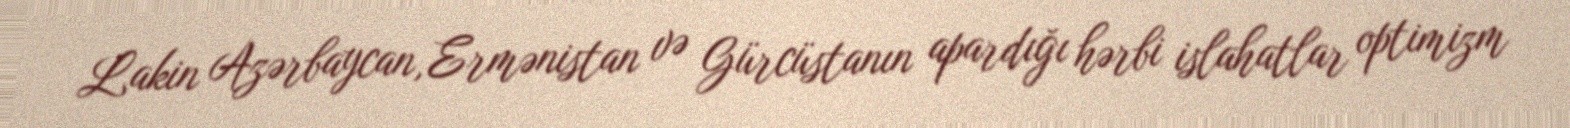
Lakin Azərbaycan, Ermənistan və Gürcüstanın apardığı hərbi islahatlar optimizm